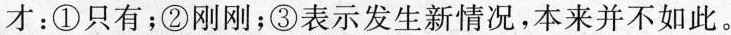
才：①只有；②刚刚；③表示发生新情况，本来并不如此。